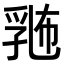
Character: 𪜛